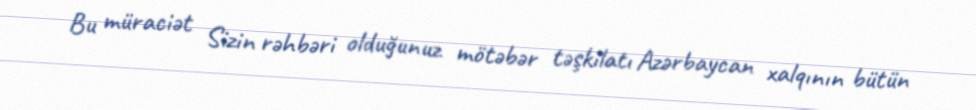
Bu müraciət Sizin rəhbəri olduğunuz mötəbər təşkilatı Azərbaycan xalqının bütün